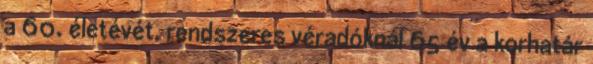
a 60. életévét, rendszeres véradóknál 65 év a korhatár